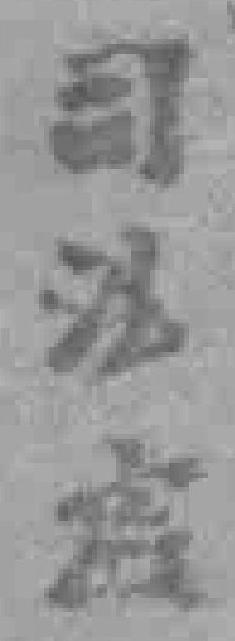
司法處